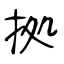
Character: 拠